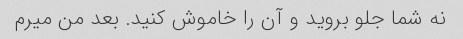
نه شما جلو بروید و آن را خاموش کنید. بعد من میرم